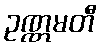
ဥဏ္ဏမတီ